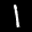
Label: 1